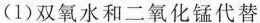
(1)双氧水和二氧化锰代替